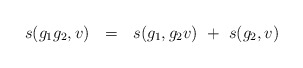
\begin{align*} s(g_1g_2,v) \ \ = \ \ s(g_1,g_2 v) \ + \ s(g_2,v)\end{align*}